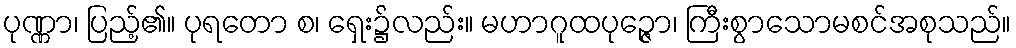
ပုဏ္ဏာ၊ ပြည့်၏။ ပုရတော စ၊ ရှေး၌လည်း။ မဟာဂူထပုဉ္ဇော၊ ကြီးစွာသောမစင်အစုသည်။